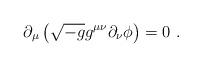
LaTeX: \begin{align*}\partial_\mu \left (\sqrt{-g}g^{\mu\nu}\partial_\nu \phi\right )=0\ .\end{align*}